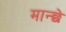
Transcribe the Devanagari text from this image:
मान्छे